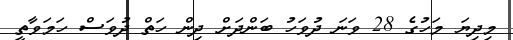
މިދިޔަ މަހުގެ 28 ވަނަ ދުވަހު ބަންދަށް ދިން ހަތް ދުވަސް ހަމަވާތީ